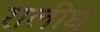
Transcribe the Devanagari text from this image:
रालीघ